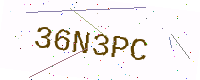
Text: 36N3PC